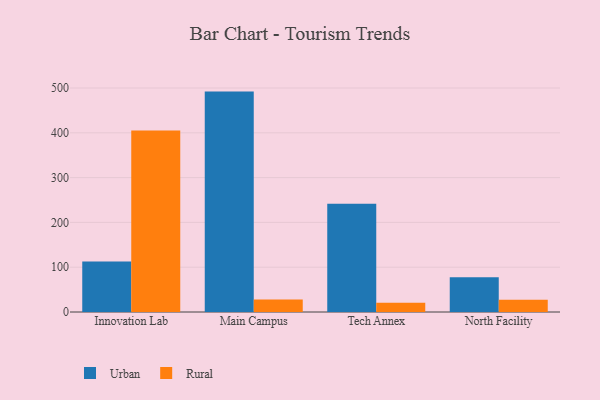
{"axis": {"x": "Campus", "y": "Market Share (%)"}, "legend": ["Rural", "Urban"], "data": [{"x": "Innovation Lab", "y": 112.8, "type": "Urban"}, {"x": "Innovation Lab", "y": 405.4, "type": "Rural"}, {"x": "Main Campus", "y": 492.0, "type": "Urban"}, {"x": "Main Campus", "y": 27.9, "type": "Rural"}, {"x": "Tech Annex", "y": 241.8, "type": "Urban"}, {"x": "Tech Annex", "y": 20.4, "type": "Rural"}, {"x": "North Facility", "y": 77.3, "type": "Urban"}, {"x": "North Facility", "y": 27.2, "type": "Rural"}]}